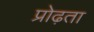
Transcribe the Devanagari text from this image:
प्रोढ़ता